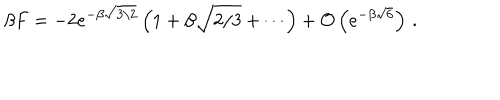
\beta F = - 2 e ^ { - \beta \sqrt { 3 / 2 } } \left( 1 + \beta \sqrt { 2 / 3 } + \cdots \right) + { \cal O } \left( e ^ { - \beta \sqrt { 6 } } \right) \, .